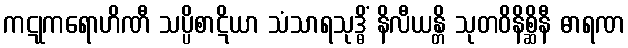
ကဋုကရောဟိဏီ သပ္ပိစာဋိယာ သံသာရသုဒ္ဓိံ နိလီယန္တိ သုတဝိနိစ္ဆိနီ ဓာရဏ